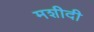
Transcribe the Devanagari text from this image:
मशीदी